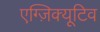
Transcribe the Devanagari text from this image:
एग्ज़िक्यूटिव